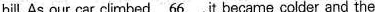
the hill. As our car climbed \underline{66}, it became colder and the